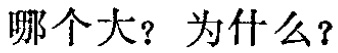
哪个大？为什么？